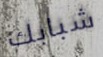
شبابك